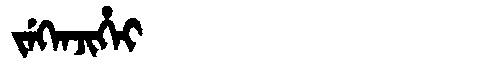
Manchu: ᠵᡝᡴᡝᠨᠵᡳᡥᡝᡳ
Romanization: JEKENJIHEI